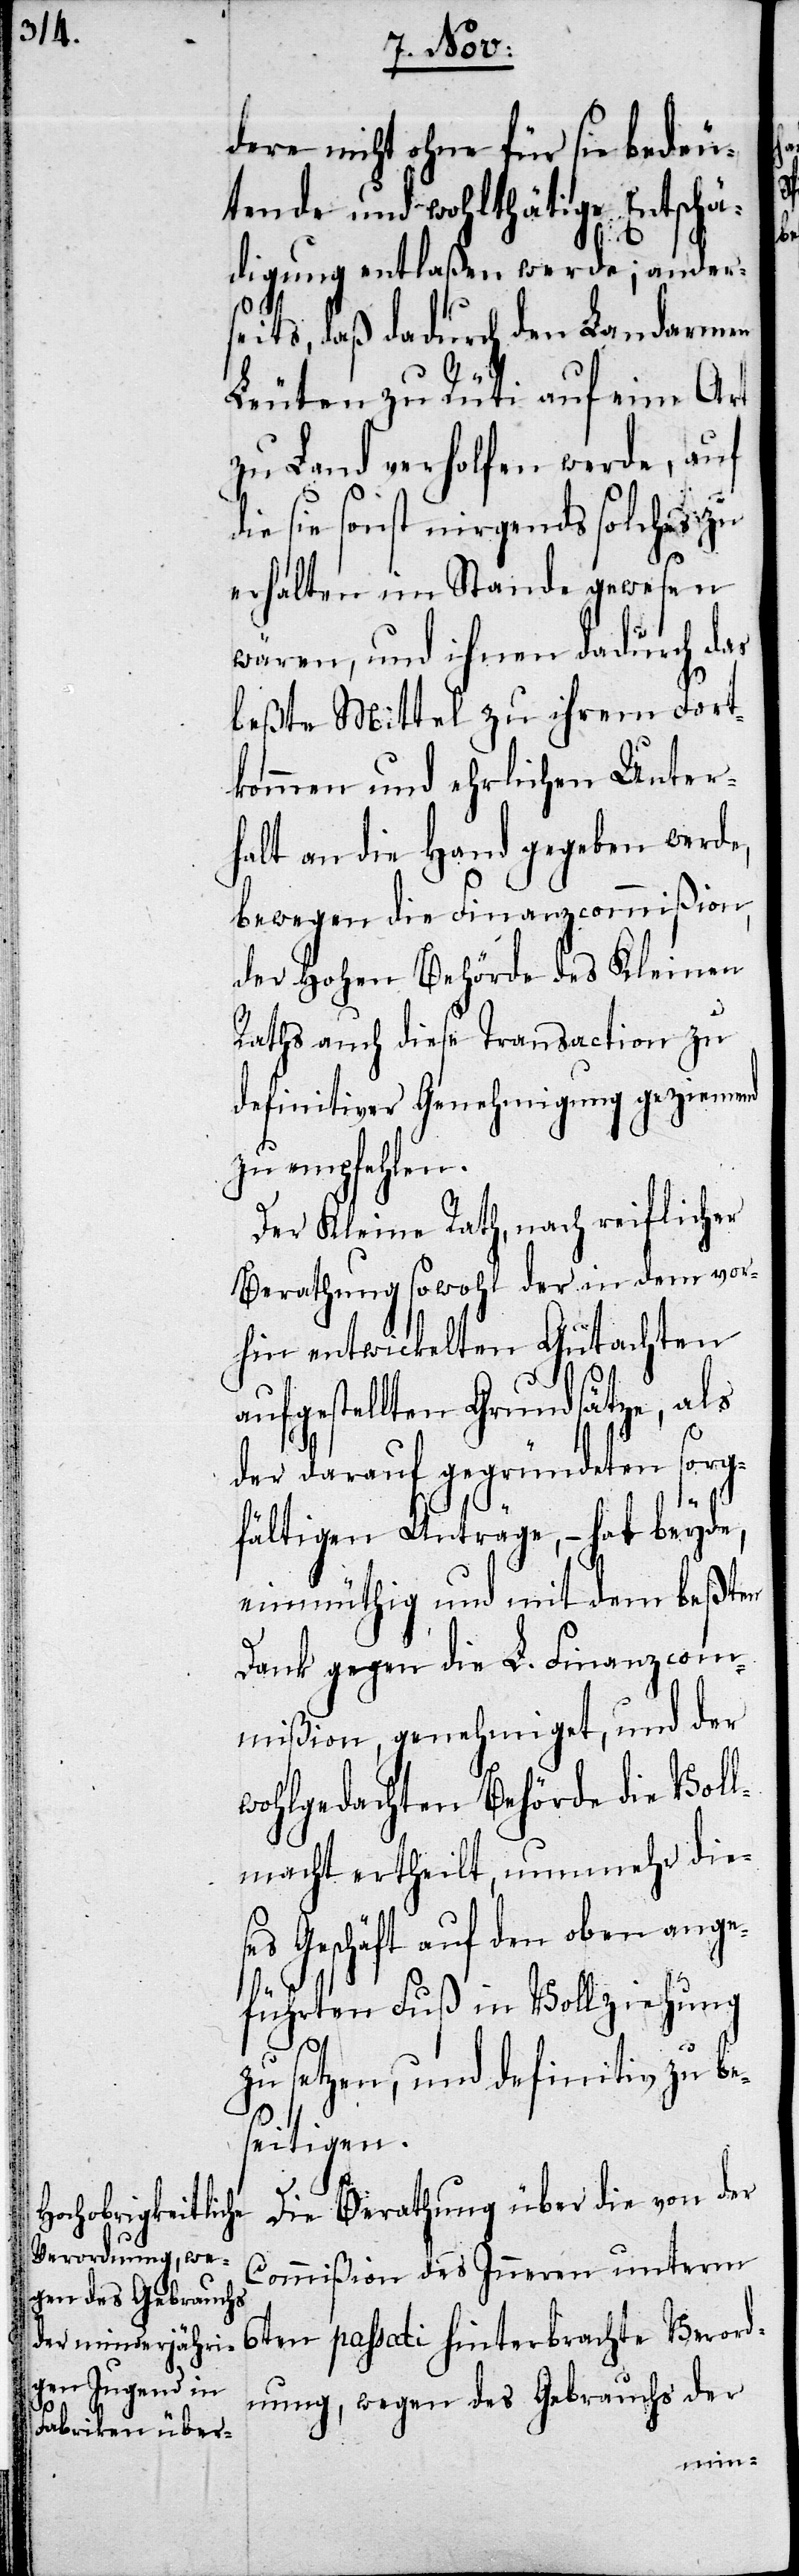
dere nicht ohne für sie bedeu¬
tende und wohlthätige Entschä¬
digung entlaßen werde; anders¬
eits, daß dadurch den Landarme¬
n-Leuten zu Rüti auf eine Art
zu Land verholfen werde, auf
die sie sonst nirgends solches zu
erhalten im Stande gewesen
wären, und ihnen dadurch das
beßte Mittel zu ihrem Fort¬
kommen und ehrlichen Unter¬
halt an die Hand gegeben werde,
bewegen die Finanzcommißion,
der Hohen Behörde des Kleinen
Raths auch diese Transaction zu
definitiver Genehmigung geziemend
zu empfehlen.
Der Kleine Rath, nach reiflicher
Berathung sowohl der in dem vor¬
hin entwickelten Gutachten
aufgestellten Grundsätze, als
der darauf gegründeten sorg¬
fältigen Anträge, – hat beyde,
einmüthig und mit dem beßten
Dank gegen die L. Finanzcom¬
mißion, genehmiget, und der
wohlgedachten Behörde die Voll¬
macht ertheilt, nunmehr die¬
ses Geschäft auf dem oben ange¬
führten Fuß in Vollziehung
zu setzen, und definitiv zu be¬
seitigen.
Die Berathung über die von der
Commißion des Inneren unterm
6ten passati hinterbrachte Verord¬
nung, wegen des Gebrauchs der